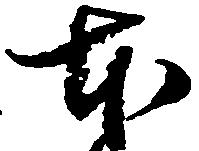
本